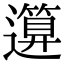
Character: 𥳪